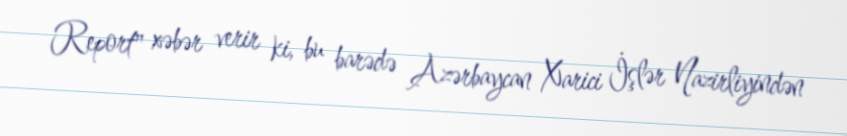
Report" xəbər verir ki, bu barədə Azərbaycan Xarici İşlər Nazirliyindən